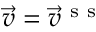
\vec { v } = \vec { v } ^ { \mathrm { ~ s ~ s ~ } }